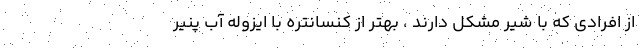
از افرادی که با شیر مشکل دارند ، بهتر از کنسانتره با ایزوله آب پنیر